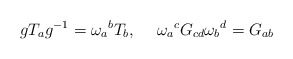
\begin{align*}gT_a g^{-1} = \omega_a{}^b T_b, \hskip 15pt\omega_a{}^c G_{cd} \omega_b{}^d = G_{ab}\end{align*}